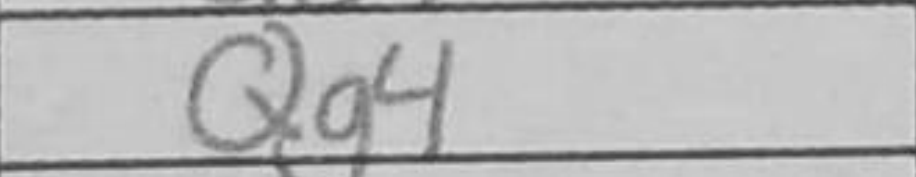
Transcription: Qd7